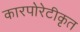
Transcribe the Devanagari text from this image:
कारपोरेटीकृत